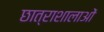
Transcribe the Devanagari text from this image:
छात्राशालाओं